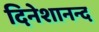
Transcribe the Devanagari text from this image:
दिनेशानन्द